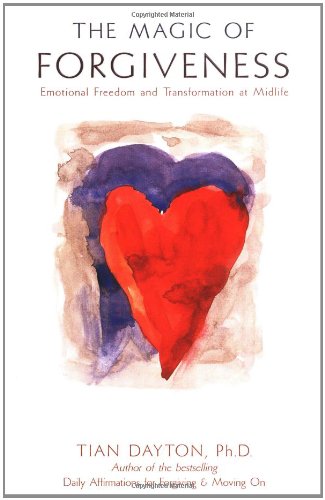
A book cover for The Magic of Forgiveness: Emotional Freedom and Transformation at Midlife, A Book for Women; Tian Dayton  Ph.D.; Self-Help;